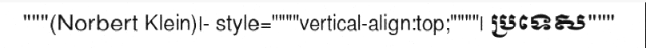
"""(Norbert Klein)|- style=""""vertical-align:top;""""| ប្រទេស"""